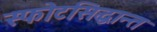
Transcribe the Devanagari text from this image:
स्फोटसिद्धान्त